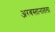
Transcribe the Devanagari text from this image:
अरबस्तानातला